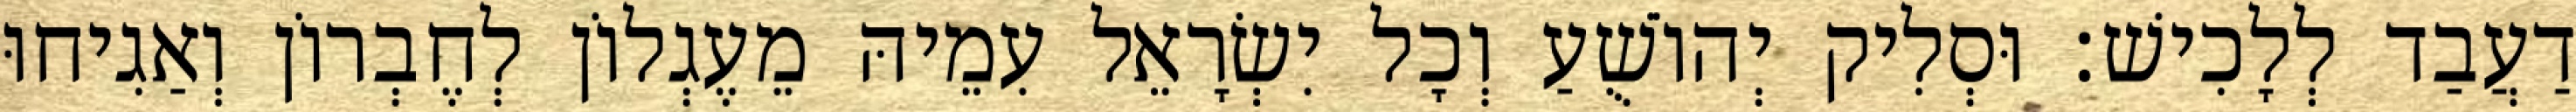
דַעֲבַד לְלָכִישׁ׃ וּסְלִיק יְהוֹשֻׁעַ וְכָל יִשְׂרָאֵל עִמֵיהּ מֵעֶגְלוֹן לְחֶבְרוֹן וְאַגִיחוּ